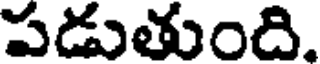
పడుతుంది.